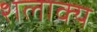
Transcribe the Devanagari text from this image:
शलाक्य